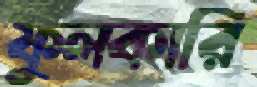
ফুলকারি